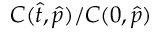
{ C } ( \hat { t } , \hat { p } ) / C ( 0 , \hat { p } )